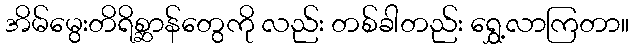
အိမ်မွေးတိရိစ္ဆာန်တွေကို လည်း တစ်ခါတည်း ရွှေ့လာကြတာ။